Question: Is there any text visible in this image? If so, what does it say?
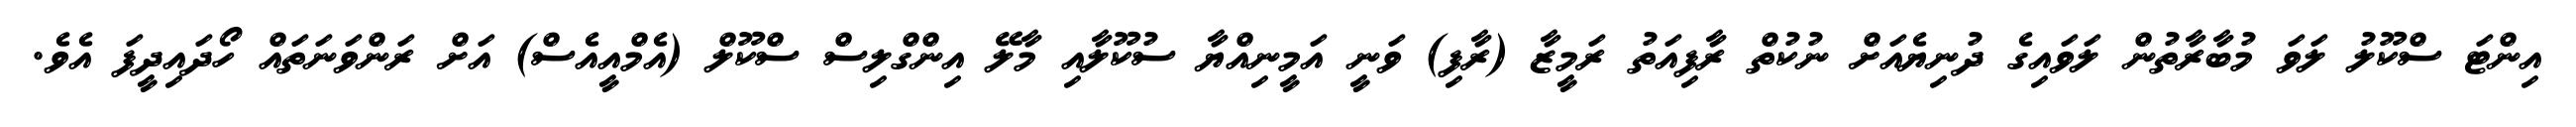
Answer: އިންޓަ ސްކޫލު ލަވަ މުބާރާތުން ލަވައިގެ ދުނިޔެއަށް ނުކުތް ރާފިއަތު ރަމީޒާ (ރާފި) ވަނީ އަމީނިއްޔާ ސުކޫލާއި މާލޭ އިންގްލިސް ސްކޫލް (އެމްއީއެސް) އަށް ރަންވަނަތައް ހޯދައިދީފަ އެވެ.